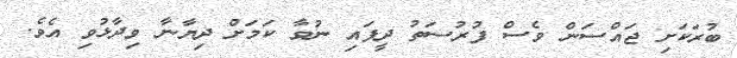
ބުރަކަށި ޖައްސަން ވެސް ފުރުސަތު ދީފައި ނުވާ ކަމަށް ދިޔާނާ ވިދާޅުވި އެވެ.